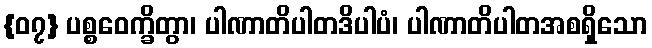
{၀၇} ပစ္စဝေက္ခိတွာ၊ ပါဏာတိပါတဒိပါပံ၊ ပါဏာတိပါတအစရှိသော